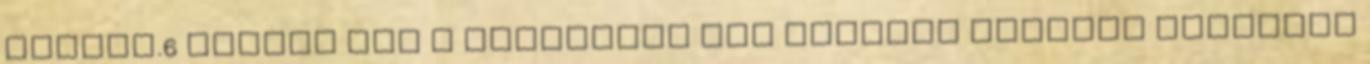
minket.6 Persze még a töredékét sem vagyunk képesek felfogni